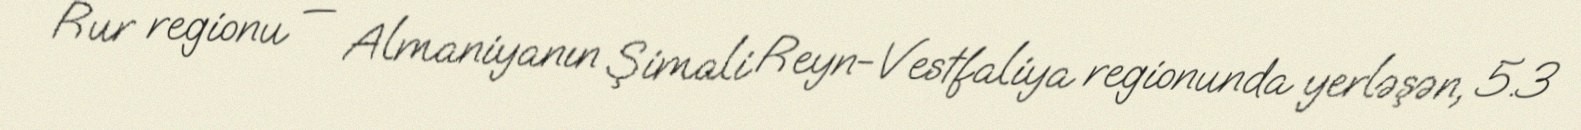
Rur regionu — Almaniyanın Şimali Reyn-Vestfaliya regionunda yerləşən, 5.3